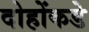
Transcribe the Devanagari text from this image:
दोहोंकडे